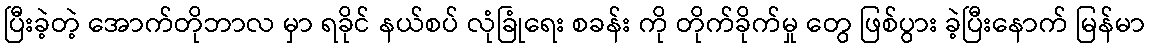
ပြီးခဲ့တဲ့ အောက်တိုဘာလ မှာ ရခိုင် နယ်စပ် လုံခြုံရေး စခန်း ကို တိုက်ခိုက်မှု တွေ ဖြစ်ပွား ခဲ့ပြီးနောက် မြန်မာ